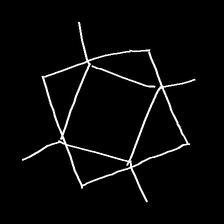
Glyph: light